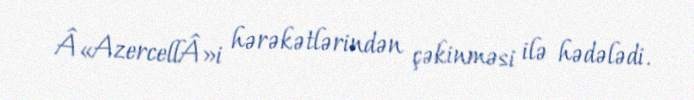
Â«AzercellÂ»i hərəkətlərindən çəkinməsi ilə hədələdi.